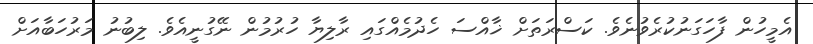
އެމީހުން ފާހަގަނުކުރެވުނެވެ. ކަސްރަތަށް ޚާއްސަ ހެދުމެއްގައި ރާލިޔާ ހުރުމުން ނޭގުނީއެވެ. ލިބުނު މަރުހަބާއަށް